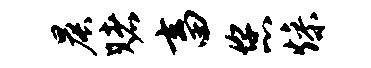
晨赌畜您燥